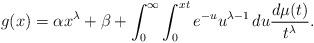
LaTeX: \begin{align*} g(x)=\alpha x^{\lambda}+\beta+\int_0^{\infty}\int_0^{xt}e^{-u}u^{\lambda-1}\, du\frac{d\mu(t)}{t^{\lambda}}. \end{align*}